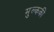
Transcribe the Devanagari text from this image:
मुल्ककी